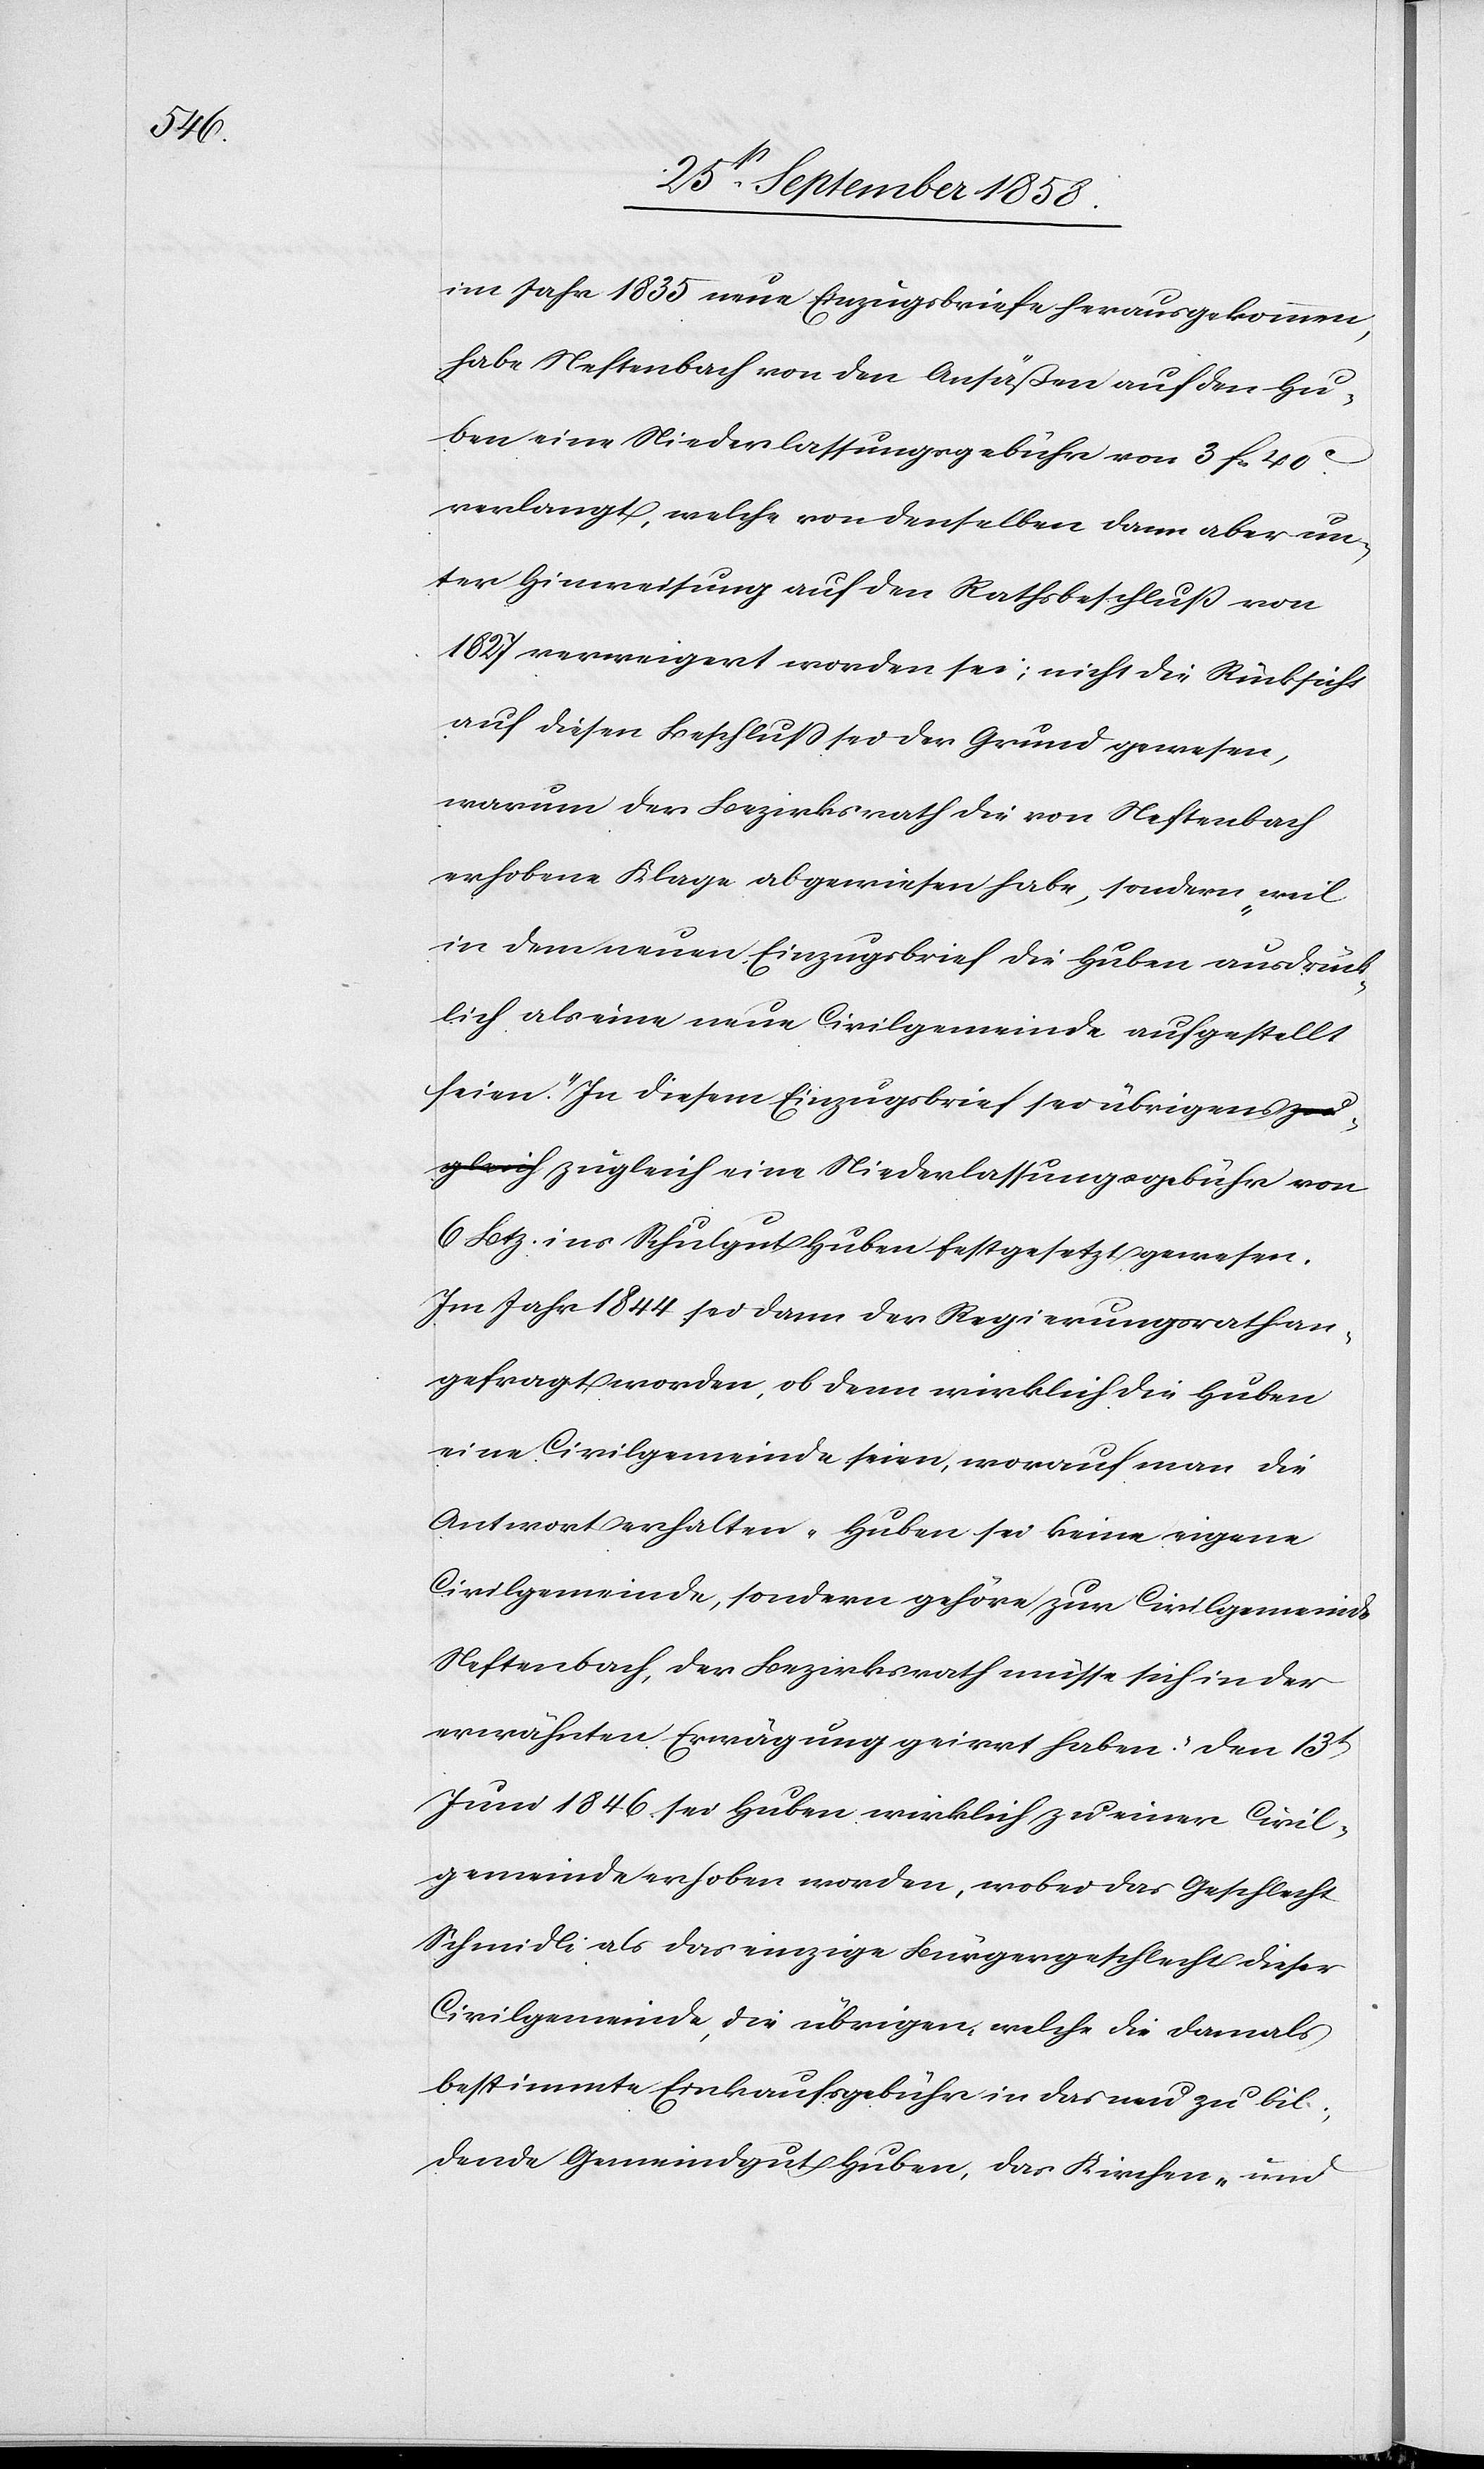
im Jahr 1835 neue Einzugsbriefe herausgekommen,
habe Neftenbach von den Ansäßen auf den Hu¬
leich eine Niederlassungsgebühr von 6 B¬
verlangt, welche von denselben dann aber un¬
ter Hinweisung auf den Rathsbeschluß von
1827 verweigert worden sei; nicht die Rücksicht
auf diesen Beschluss sei der Grund gewesen,
warum der Bezirksrath die von Neftenbach
erhobene Klage abgewiesen habe, sondern „weil
in dem neuen Einzugsbrief die Huben ausdrück¬
lich als eine neue Civilgemeinde aufgestellt
seien“. In diesem Einzugsbrief sei übrigens zug¬
tz. ins Schulgut Huben festgesetzt gewesen.
Im Jahr 1844 sei dann der Regierungsrath an¬
gefragt worden, ob denn wirklich die Huben
eine Civilgemeinde seien, worauf man die
Antwort erhalten „Huben sei keine eigene
Civilgemeinde, sondern gehöre zur Civilgemeinde
Neftenbach, der Bezirksrath müsse sich in der
erwähnten Erwägung geirrt haben.“ Den 13t
Juni 1846 sei Huben wirklich zu einer Civil¬
gemeinde erhoben worden, wobei das Geschlecht
Schmidli als das einzige Bürgergeschlecht dieser
Civilgemeinde, die übrigen, welche die damals
bestimmte Einkaufsgebühr in das neu zu bil¬
dende Gemeindgut Huben, das Kirchen- und